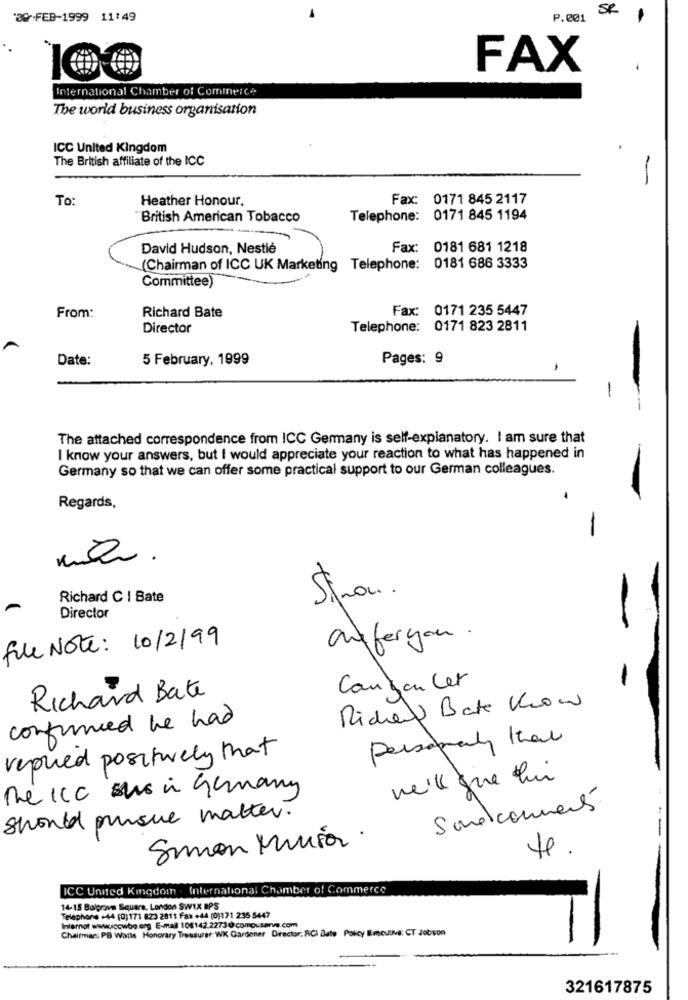
SR
'89-FEB-1999 11:49
P.001
FAX
International Chamber of Commerce
The world business organisation
ICC United Kingdom
The British affiliate of the ICC
To:
Heather Honour,
Fax: 0171 845 2117
"British American Tobacco
Telephone: 0171 845 1194
David Hudson, Nestlé
Fax: 0181 681 1218
(Chairman of ICC UK Marketing Telephone: 0181 686 3333
Committee)
Fax: 0171 235 5447
From:
Richard Bate
Director
Telephone: 0171 823 2811
Date:
5 February, 1999
Pages: 9
-
The attached correspondence from ICC Germany is self-explanatory. I am sure that
I know your answers, but I would appreciate your reaction to what has happened in
Germany so that we can offer some practical support to our German colleagues.
Regards,
Richard C | Bate
Sinon .
Director
file Note: 10/2/99
aufergan .
Canton ler
Richard Bate
Riche Bake Know
confirmed he had
Personaly that
replied positively that
weil que fui
he Icc in Germany
Smelcomments
should pursue matter.
Simon Munia .
te.
ICC United Kingdomn . International Chamber of Commerce
14-15 Bolgrave Square, London SWIX IPS
Telephone +44 (0)171 823 2811 Fax +44 (0)171 235 5447
Chairman: PB Watts Honorary Treasurer: WK Gardener Director. RCI Bate Policy Imcutive: CT Jobson
Internet www.icowbo eng E-mail 106142.22730 compuserve.com
321617875